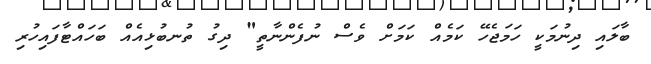
ބާލައި ދިނުމަކީ ހަމަޖެހޭ ކަމެއް ކަމަށް ވެސް ނުފެންނާތީ" ދިގު ތުނބުޅިއެއް ބަހައްޓާފައިހުރި